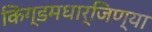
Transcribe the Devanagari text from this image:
किंग्डमधार्जिण्या